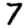
Digit: 7